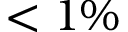
< 1 \%